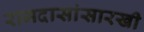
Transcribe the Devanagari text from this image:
रामदासांसारखी